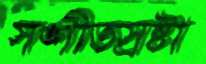
সঙ্গীতস্রষ্টা